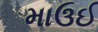
માઉઈ